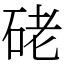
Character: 硓